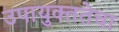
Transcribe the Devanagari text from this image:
उपायुक्ततेचा